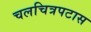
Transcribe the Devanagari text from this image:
चलचित्रपटास